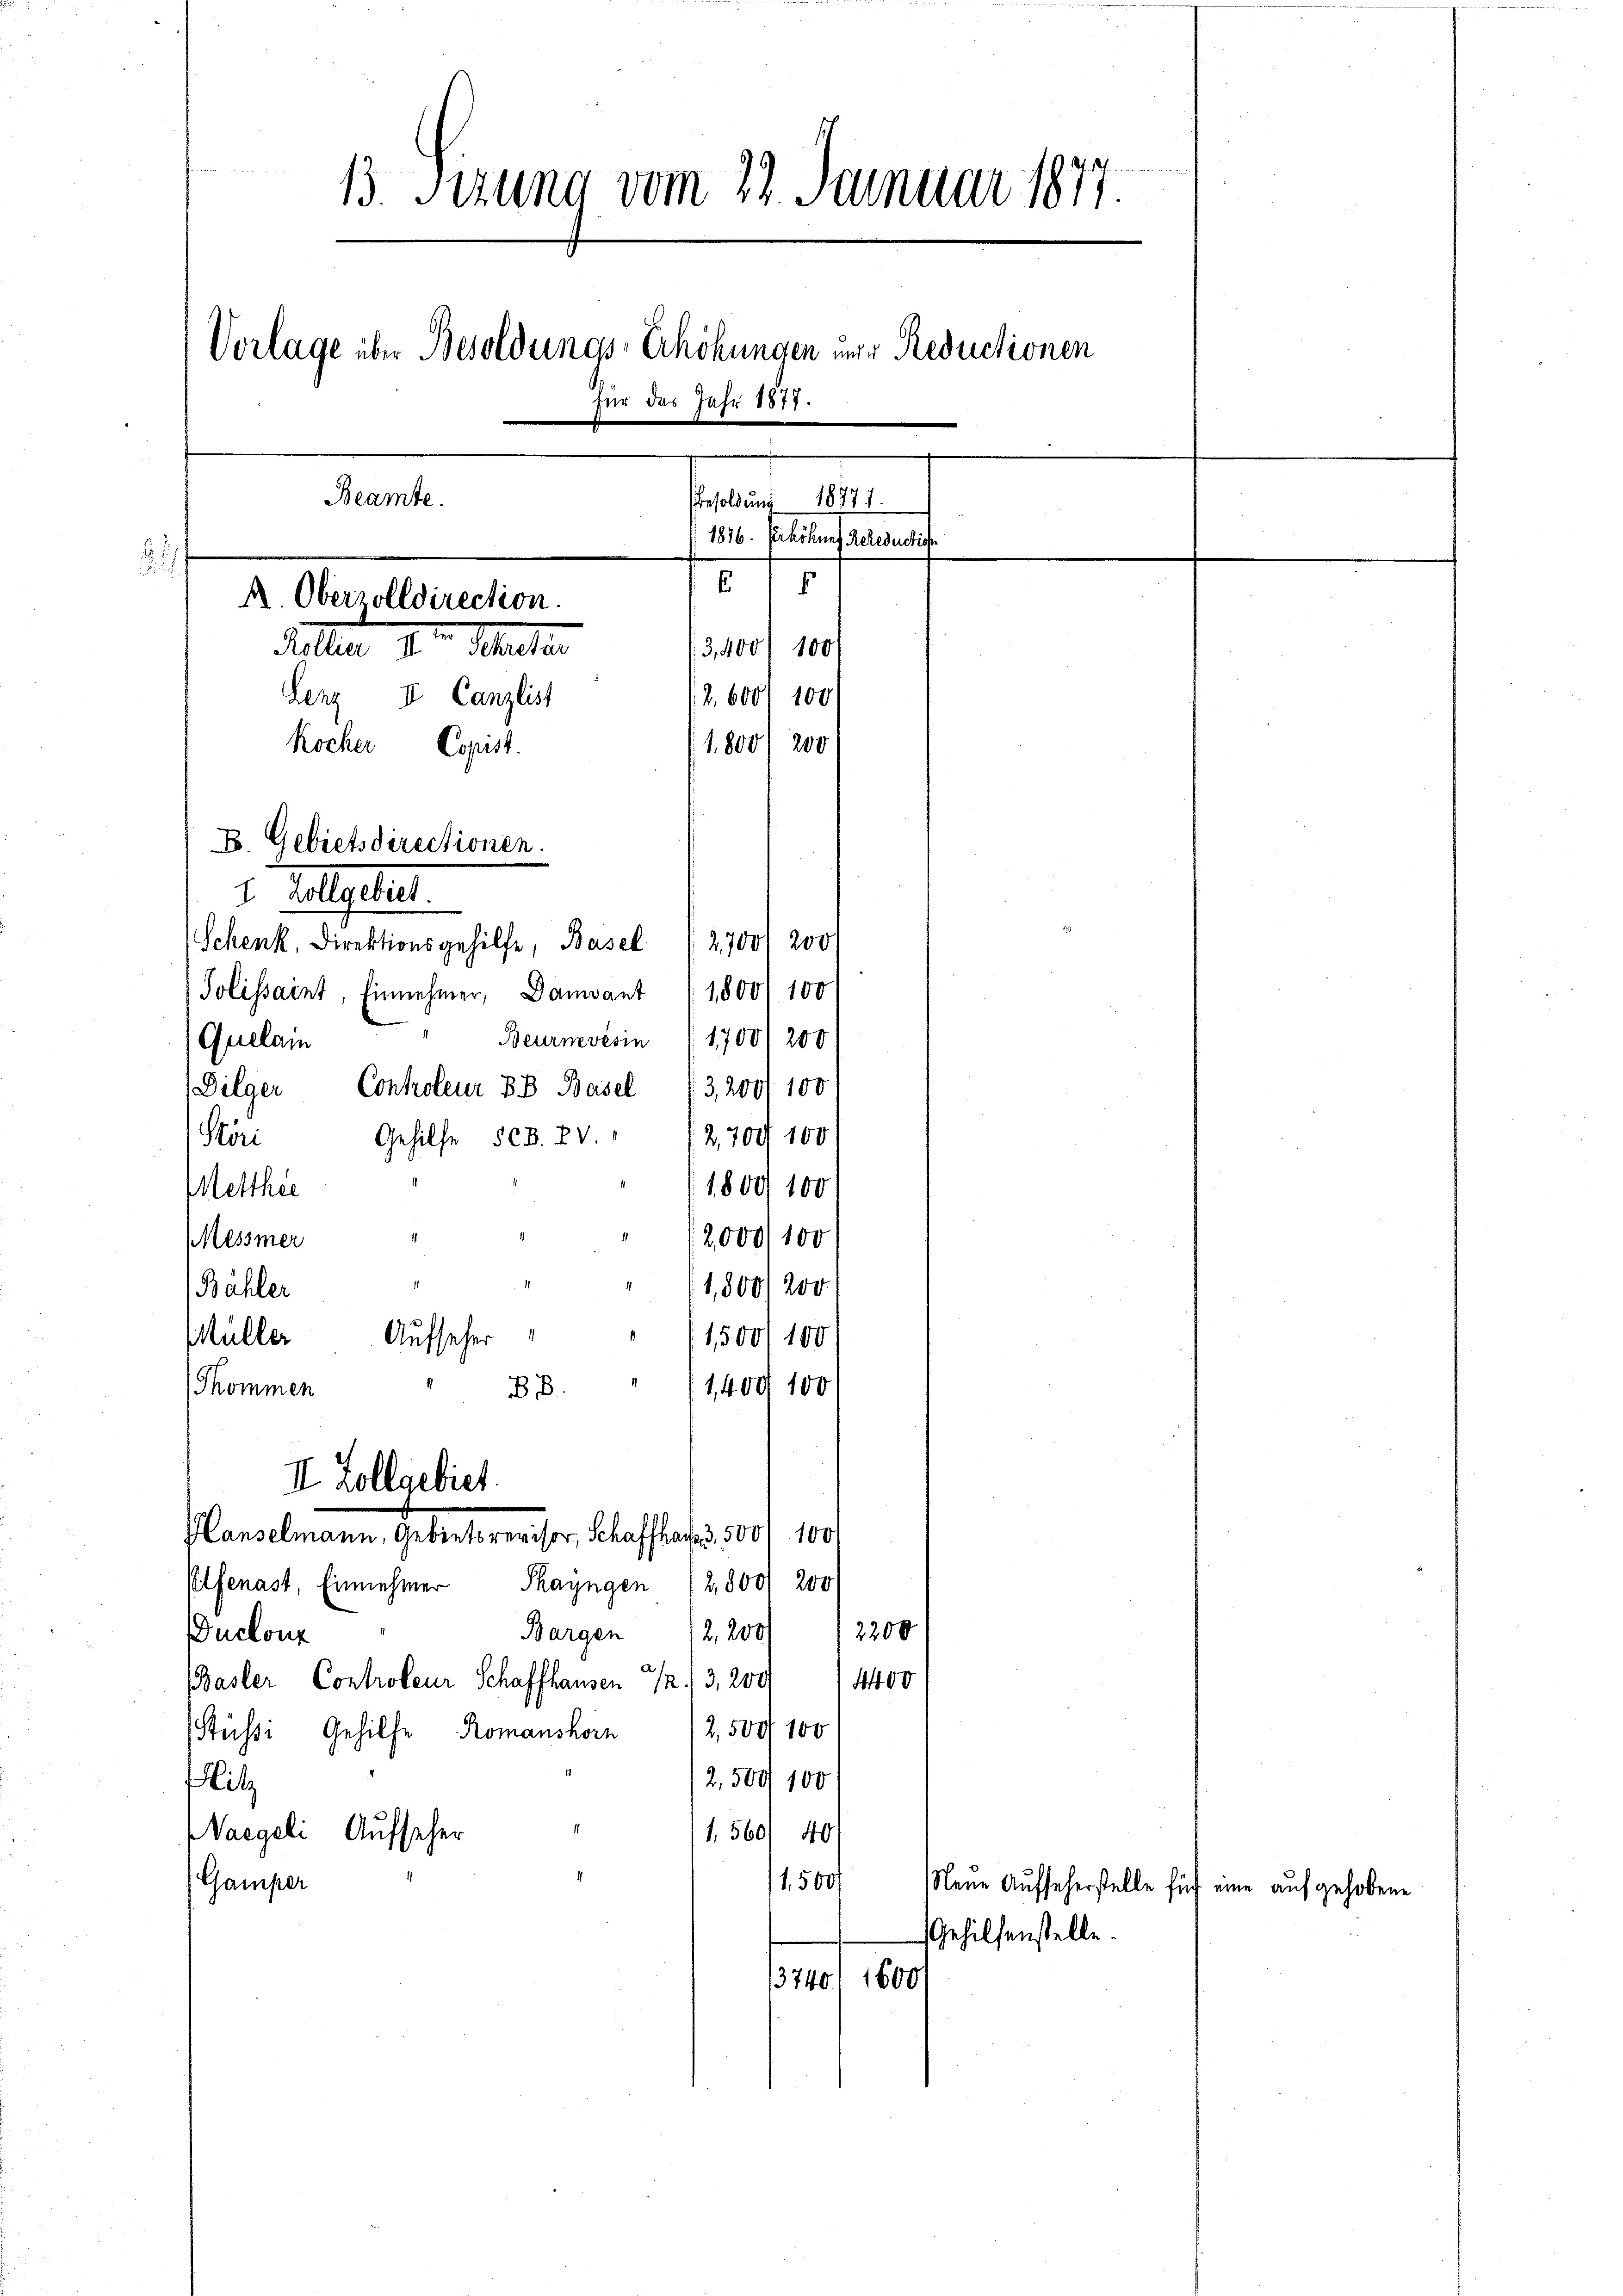
13. Sizung vom 24. Januar 1877.
Vorlage über Besoldungs-Erhöhungen mir Reductionen
für das Jahr 1877.
e
Beamte.
Presoldung 18771.
1876. Verhöhung Rereduction

.
f
R. Oberzolldirection.
3,4001 100
diller der Schauten
2,600/100
Lenz II Canzlist
1,800/200
Kocher Copist.

B Gebietsdirectionen.

2,000/100

1. Allgeleit
Schenk, Direktionsgehilfe, Basel (2,700 f 200
Tolissaint, Einnehmer, Damvant 1800. 100
Beurnevésin 1700) 200
Quelam
Dilger Controleur BB Basel (3,2001 100
2,700 100
Gehilfe sch. XV.
Störi
1800/100
Metthei
Messier
1,8001200
Bähler
Aufseher
Müller
1,500/100
"11,409/100
Thommen
B.
II. Zollgebiet.
Hanselmann, Gebietsrevisor, Schaffhaus 3. 500 100
Pelfenast, Einnehmer Thayngen
2,800/2001
2200
Bargen
2,200/
Duclonz
BBasler Controleur Schaffhausen 22. 3, 200
4400
Stüßi, Gehilfe Romanshorn 12,500 100
2,500 100
Hitz
1,560/ 40)
Waegeli Aufseher
1,500
(Gamper
 18

Neue Aufseherstelle für eine aufgehobene
Gehilfenstelle.